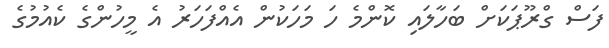
ފަސް ގްރޫޕަކަށް ބަހާލައި ކޮންމެ ހަ މަހަކުން އެއްފަހަރު އެ މީހުންގެ ކެއުމުގެ